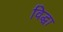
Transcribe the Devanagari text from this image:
विद्धा